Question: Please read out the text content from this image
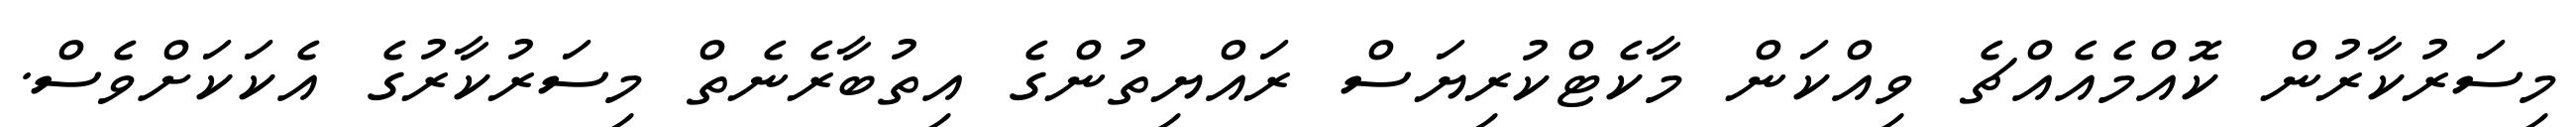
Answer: މިސަރުކާރުން ކޮއްމެއެއްޗެ ވިއްކަން މާކެޓްކުރިޔަސް ރައްޔިތުންގެ އިތުބާރެނެތް މިސަރުކާރުގެ އެކަކަށްވެސް.